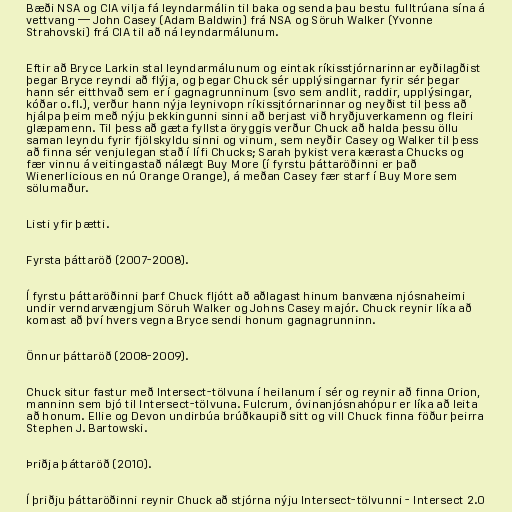
Bæði NSA og CIA vilja fá leyndarmálin til baka og senda þau bestu fulltrúana sína á
vettvang — John Casey (Adam Baldwin) frá NSA og Söruh Walker (Yvonne
Strahovski) frá CIA til að ná leyndarmálunum.

Eftir að Bryce Larkin stal leyndarmálunum og eintak ríkisstjórnarinnar eyðilagðist
þegar Bryce reyndi að flýja, og þegar Chuck sér upplýsingarnar fyrir sér þegar
hann sér eitthvað sem er í gagnagrunninum (svo sem andlit, raddir, upplýsingar,
kóðar o.fl.), verður hann nýja leynivopn ríkissjtórnarinnar og neyðist til þess að
hjálpa þeim með nýju þekkingunni sinni að berjast við hryðjuverkamenn og fleiri
glæpamenn. Til þess að gæta fyllsta öryggis verður Chuck að halda þessu öllu
saman leyndu fyrir fjölskyldu sinni og vinum, sem neyðir Casey og Walker til þess
að finna sér venjulegan stað í lífi Chucks; Sarah þykist vera kærasta Chucks og
fær vinnu á veitingastað nálægt Buy More (í fyrstu þáttaröðinni er það
Wienerlicious en nú Orange Orange), á meðan Casey fær starf í Buy More sem
sölumaður.

Listi yfir þætti.

Fyrsta þáttaröð (2007-2008).

Í fyrstu þáttaröðinni þarf Chuck fljótt að aðlagast hinum banvæna njósnaheimi
undir verndarvængjum Söruh Walker og Johns Casey majór. Chuck reynir líka að
komast að því hvers vegna Bryce sendi honum gagnagrunninn.

Önnur þáttaröð (2008-2009).

Chuck situr fastur með Intersect-tölvuna í heilanum í sér og reynir að finna Orion,
manninn sem bjó til Intersect-tölvuna. Fulcrum, óvinanjósnahópur er líka að leita
að honum. Ellie og Devon undirbúa brúðkaupið sitt og vill Chuck finna föður þeirra
Stephen J. Bartowski.

Þriðja þáttaröð (2010).

Í þriðju þáttaröðinni reynir Chuck að stjórna nýju Intersect-tölvunni - Intersect 2.0